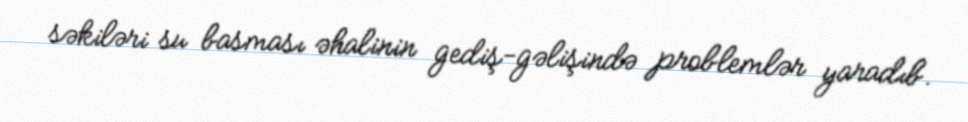
səkiləri su basması əhalinin gediş-gəlişində problemlər yaradıb.